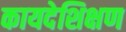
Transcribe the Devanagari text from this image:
कायदेशिक्षण